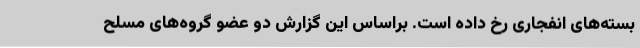
بسته‌های انفجاری رخ داده است. براساس این گزارش دو عضو گروه‌های مسلح